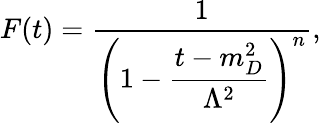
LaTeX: F(t)=\displaystyle\frac{1}{\left(1-\displaystyle\frac{t-m_{D}^{2}}{\Lambda^{2}}\right)^{n}},